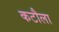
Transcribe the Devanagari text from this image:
कटौला